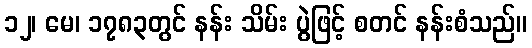
၁၂၊ မေ၊ ၁၇၈၃တွင် နန်း သိမ်း ပွဲဖြင့် စတင် နန်းစံသည်။